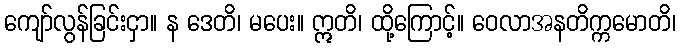
ကျော်လွန်ခြင်းငှာ။ န ဒေတိ၊ မပေး။ ဣတိ၊ ထို့ကြောင့်။ ဝေလာအနတိက္ကမောတိ၊